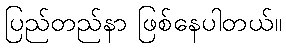
ပြည်တည်နာ ဖြစ်နေပါတယ်။